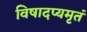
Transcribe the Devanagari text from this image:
विषादप्यमृतं